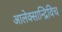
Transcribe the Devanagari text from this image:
आलेक्सान्द्रिविच